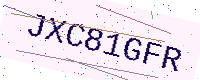
Text: JXC81GFR